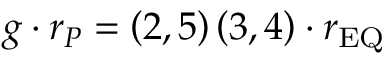
g \cdot r _ { P } = \left( 2 , 5 \right) \left( 3 , 4 \right) \cdot r _ { \mathrm { E Q } }